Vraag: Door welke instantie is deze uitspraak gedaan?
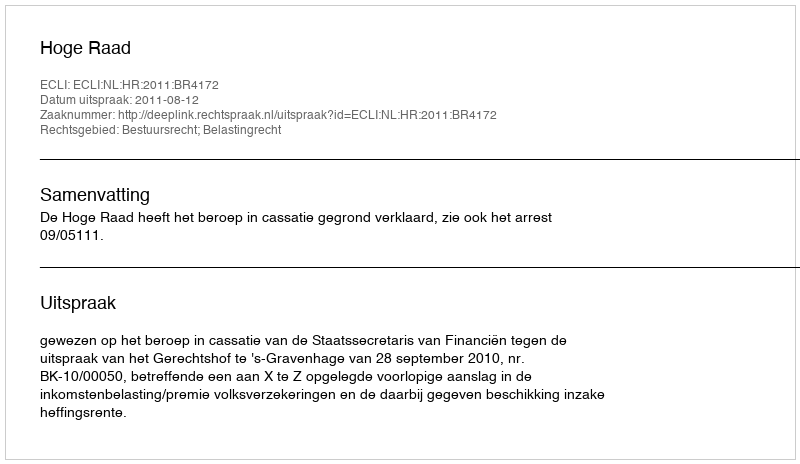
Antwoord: Hoge Raad